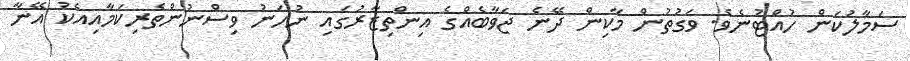
ސަމާލުކަން ހުއްޓުނެވެ. ވަގުތުން މާކިން ދޭނެ ޖަވާބެއްގެ އިންތިޒާރުގައި ނުހަނު ވިސްނުންތެރިކަމާއިއެކު އޭނާ